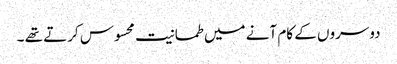
دوسروں کے کام آنے میں طمانیت محسوس کرتے تھے ۔